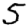
Digit: 5